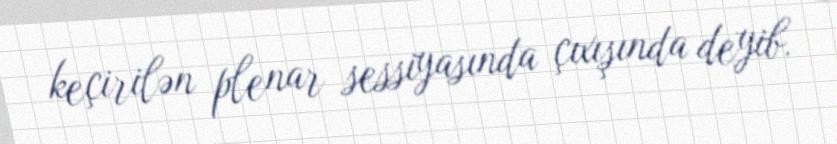
keçirilən plenar sessiyasında çıxışında deyib.